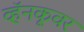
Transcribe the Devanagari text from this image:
व्हॅनकूवर